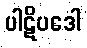
ပါဋိပဒေါ